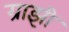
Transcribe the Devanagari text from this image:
ग्राझी